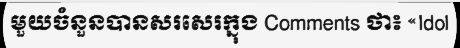
មួយចំនួនបានសរសេរក្នុង Comments ថា៖ «Idol